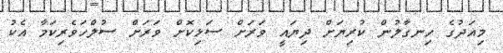
މިއަދުގެ ހިނގާލުން ކުރިޔަށް ދިޔައީ ވަރަށް ސަޅިކޮށް ވަރަށް ސުލްހަވެރިކަމާ އެކު